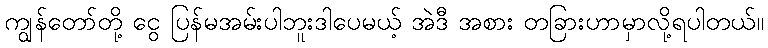
ကျွန်တော်တို့ ငွေ ပြန်မအမ်းပါဘူးဒါပေမယ့် အဲဒီ အစား တခြားဟာမှာလို့ရပါတယ်။